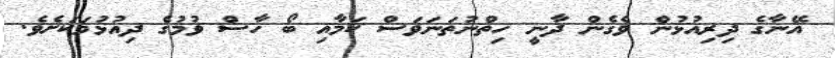
އޭނާގެ ދިރިއުޅުން ވެގެން ދާނީ ހިތްނުތަނަވަސް ކަމާއި ބޯ ހާސް ވުމުގެ ދިއުޅުމަކަށެވެ.